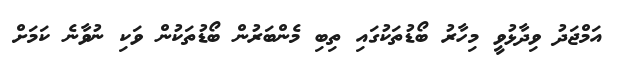
އަމްޖަދު ވިދާޅުވީ މިހާރު ބޯޑުތަކުގައި ތިބި މެންބަރުން ބޯޑުތަކުން ވަކި ނުވާނެ ކަމަށް